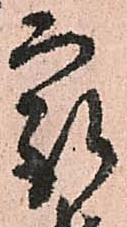
最